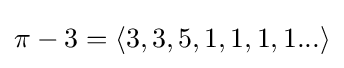
\pi -3=\langle 3,3,5,1,1,1,1...\rangle